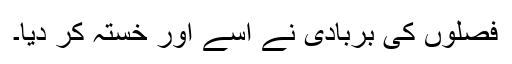
فصلوں کی بربادی نے اسے اور خستہ کر دیا۔